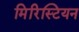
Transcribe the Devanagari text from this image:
मिरिस्टियन